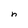
Character: n